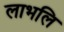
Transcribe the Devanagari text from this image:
लाभलि